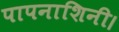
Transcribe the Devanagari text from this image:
पापनाशिनी।